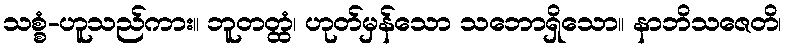
သစ္စံ-ဟူသည်ကား။ ဘူတတ္ထံ၊ ဟုတ်မှန်သော သဘောရှိသော။ နာဘိသဇေတိ၊